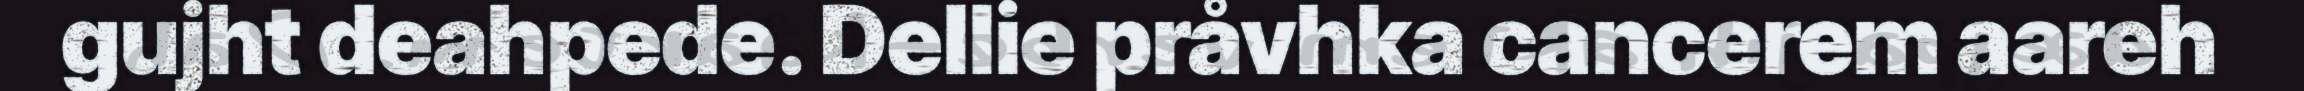
gujht deahpede. Dellie pråvhka cancerem aareh